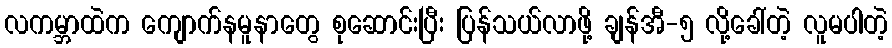
လကမ္ဘာထဲက ကျောက်နမူနာတွေ စုဆောင်းပြီး ပြန်သယ်လာဖို့ ချန်အီ-၅ လို့ခေါ်တဲ့ လူမပါတဲ့